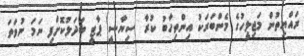
ރައްޔިތުން މަޖިލީހުގެ މެންބަރަކު އިންތިހާބު ކުރާ ސިޔާސީ ޕާޓީ ބަދަލުކޮށްފި ނަމަ ނުވަތަ